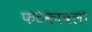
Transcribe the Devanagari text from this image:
फटकावला